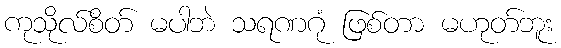
ကုသိုလ်စိတ် မပါဘဲ သရဏဂုံ ဖြစ်တာ မဟုတ်ဘူး